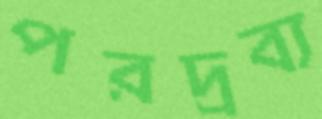
পরদ্রব্য